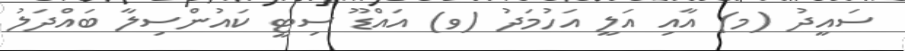
ސައީދު (މ) އާއި އަލީ އަހުމަދު (ވ) އައްޑޫ ސިޓީ ކައުންސިލާ ބައްދަލު